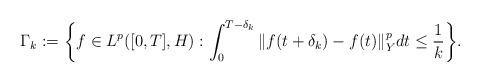
LaTeX: \begin{align*}\Gamma_k := \bigg\{ f\in L^p([0,T],H) : \int_0^{T-\delta_k} \Vert f(t+\delta_k) - f(t) \Vert_Y^p dt \leq \frac{1}{k} \bigg\} .\end{align*}